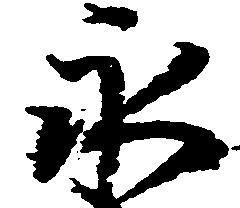
永